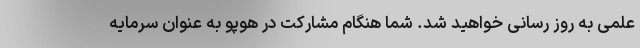
علمی به روز رسانی خواهید شد. شما هنگام مشارکت در هوپو به عنوان سرمایه